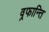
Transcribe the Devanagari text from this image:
व्रफान्ति